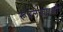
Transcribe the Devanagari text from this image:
रूपलेखा।और